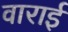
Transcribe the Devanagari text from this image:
वाराई